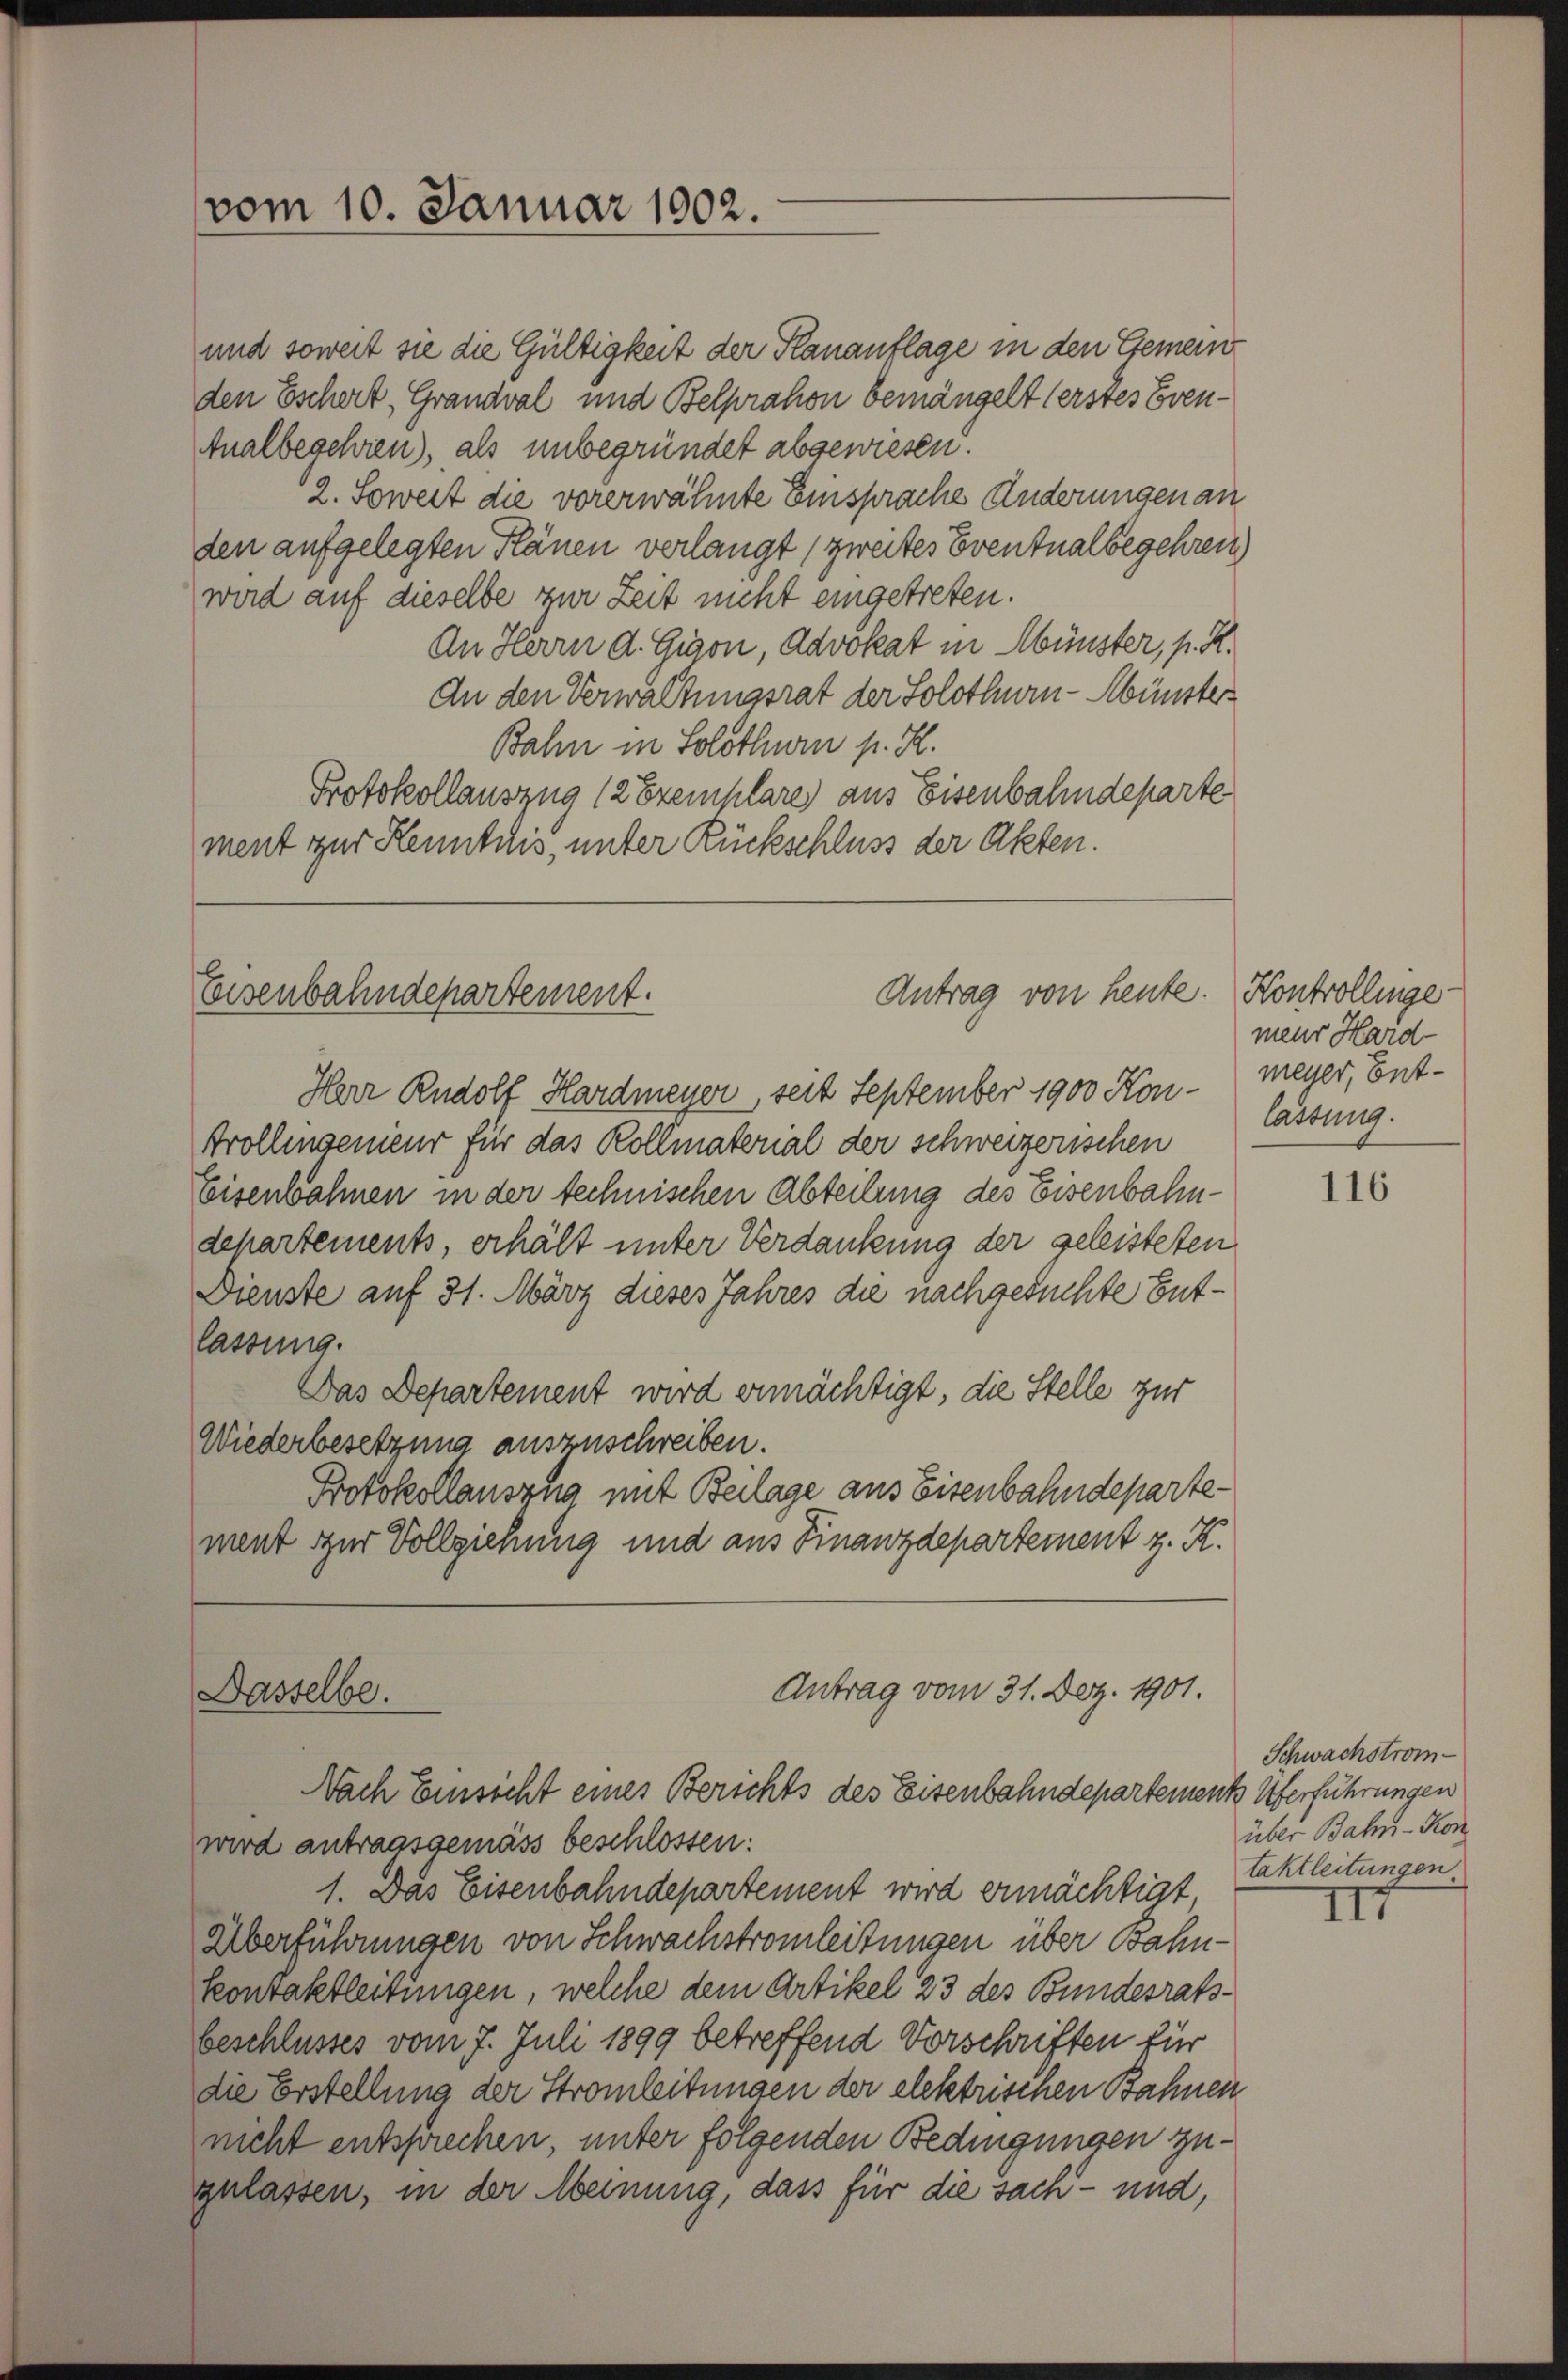
vom 10. Januar 1902.

und soweit sie die Gültigkeit der Plananflage in den Gemeind
den Eschert, Grandval und Belprahon bemängelt (erstes Even¬
Analbegehren), als unbegründet abgewiesen.
2. Soweit die vorerwähnte Einsprache Änderungen an
den aufgelegten Plänen verlangt (zweites Eventualbegehren)
wird auf dieselbe zur Zeit nicht eingetreten.
An Herrn d. Gion, Advokat in Münster, p. R.
An den Verwaltungsrat der Solothurn-Abünster
Bahn in Solothurn p. H.
Protokollauszug 12 Exemplare aus Eisenbahndeparte
ment zur Kenntnis, unter Rückschluss der Akten.

Antrag von heute.
Eisenbahndepartement.

Antrag vom 31. Dez. 1901.
Dasselbe.
Nach Einsicht eines Berichts des Eisenbahndepartements Überführungen

Herr Rudolf Hardmeyer, seit September 1900 Kon-
Trollingenieur für das Kollmaterial der schweizerischen
Eisenbahnen in der technischen Abteilung des Eisenbahndchartements, erhält unter Verdankung der geleisteten
Dienste auf 31. März dieses Jahres die nachgesuchte Entlassung.
Das Departement wird ermächtigt, die Stelle zur
Wiederbesetzung auszuschreiben.
Protokollauszug mit Beilage aus Eisenbahndepartement zur Vollziehung und aus Finanzdepartement z. K.

wird antragsgemäss beschlossen:
1. Das Eisenbahndepartement wird ermächtigt,
Überführungen von Schwachstromleitungen über Bahn¬
Kontaktleitungen, welche dem Artikel 23 des Bundesratsbeschlusses vom 7. Juli 1899 betreffend Vorschriften für
die Erstellung der Stromleitungen der elektrischen Bahnen
nicht entsprechen, unter folgenden Bedingungen zugelassen, in der Meinung, dass für die sach- und,

Kontrollinge
meir Hard-
meier, Entlassung.

116

Schwachstromüber Bahn-Kon
taktleitungen